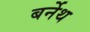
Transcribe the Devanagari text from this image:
बर्नेथ